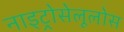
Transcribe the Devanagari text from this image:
नाइट्रोसेलूलोस